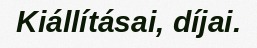
Kiállításai, díjai.